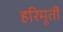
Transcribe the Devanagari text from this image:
हरिमूर्ती